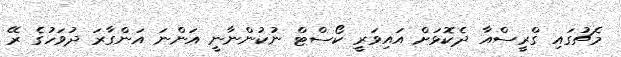
މެޗުގައި ގްރީސްއާ ދެކޮޅަށް އައިވަރީ ކޯސްޓް ނުކުންނާނީ އަންނަ އަންގާރަ ދުވަހުގެ ރޭ